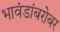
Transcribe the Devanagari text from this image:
भावंडांबरोबर